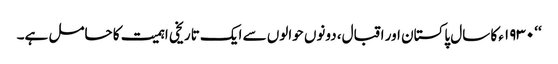
‘‘ ١٩٣٠ء کا سال پاکستان اور اقبال، دونوں حوالوں سے ایک تاریخی اہمیت کا حامل ہے۔